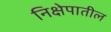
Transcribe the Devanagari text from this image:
निक्षेपातील